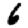
Digit: 6